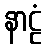
နာဠံ